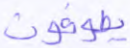
يطوفون